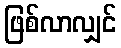
ဖြစ်လာလျှင်